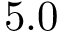
5 . 0